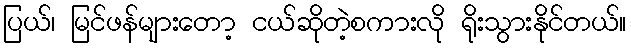
ပြယ်၊ မြင်ဖန်များတော့ ငယ်ဆိုတဲ့စကားလို ရိုးသွားနိုင်တယ်။